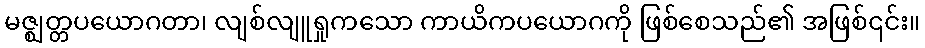
မဇ္ဈတ္တပယောဂတာ၊ လျစ်လျူရှုကသော ကာယိကပယောဂကို ဖြစ်စေသည်၏ အဖြစ်၎င်း။